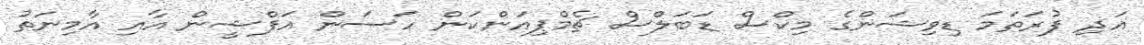
އަދި ފުރަތަމަ ޑިވިޝަންގެ މިކްސް ޑަބަލްސް ޗެމްޕިއަންކަން ހަސަން އަފްޝީން އާއި އާމިނަތު